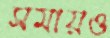
সমায়ও